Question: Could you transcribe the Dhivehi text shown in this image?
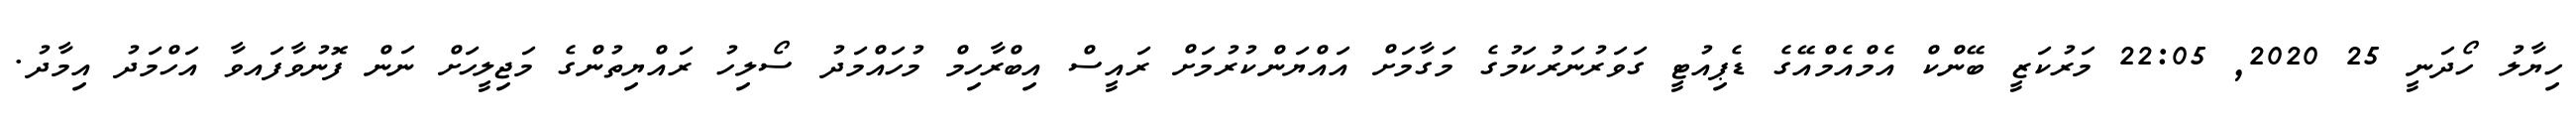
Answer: ހިޔާލު ހޯދަނީ 25 2020, 22:05 މަރުކަޒީ ބޭންކް އެމްއެމްއޭގެ ޑެޕިއުޓީ ގަވަރުނަރުކަމުގެ މަގާމަށް އައްޔަންކުރުމަށް ރައީސް އިބްރާހިމް މުހައްމަދު ސޯލިހު ރައްޔިތުންގެ މަޖިލީހަށް ނަން ފޮނުވާފައވާ އަހްމަދު އިމާދު.